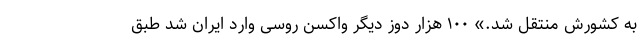
به کشورش منتقل شد.» ۱۰۰ هزار دوز دیگر واکسن روسی وارد ایران شد طبق